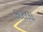
કાટલા